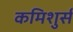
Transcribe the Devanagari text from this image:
कमिशुर्स